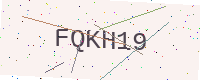
Text: FQKH19